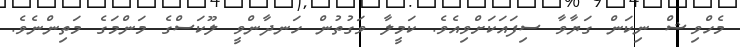
މެހްވިޝް ނިކަން ގަޔާވާ ސިފައަކަށްވިއެވެ. ކަމީލާ ވަގުތުން ހަނދާންވީ ލޫކަސްގެ މަންމަގެ މަތިންނެވެ.